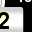
Digit: 2